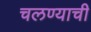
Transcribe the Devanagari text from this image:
चलण्याची